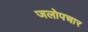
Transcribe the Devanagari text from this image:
जलोपचार